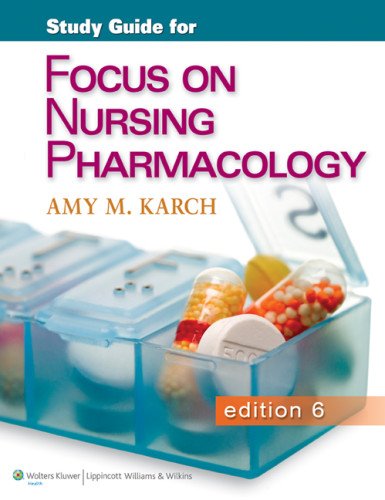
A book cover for Study Guide for Focus on Nursing Pharmacology; Amy M. Karch MSN  RN; Medical Books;